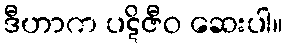
ဒီဟာက ပဋိဇီဝ ဆေးပါ။